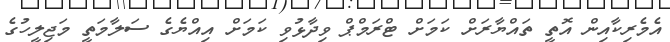
އެމެރިކާއިން އޮތީ ތައްޔާރަށް ކަމަށް ޓްރަމްޕް ވިދާޅުވި ކަަމަށް އިއްޔެގެ ސަލާމަތީ މަޖިލީހުގެ